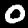
Digit: 0